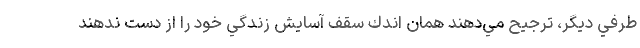
طرفي ديگر، ترجيح مي‌دهند همان اندك سقف آسايش زندگي خود را از دست ندهند